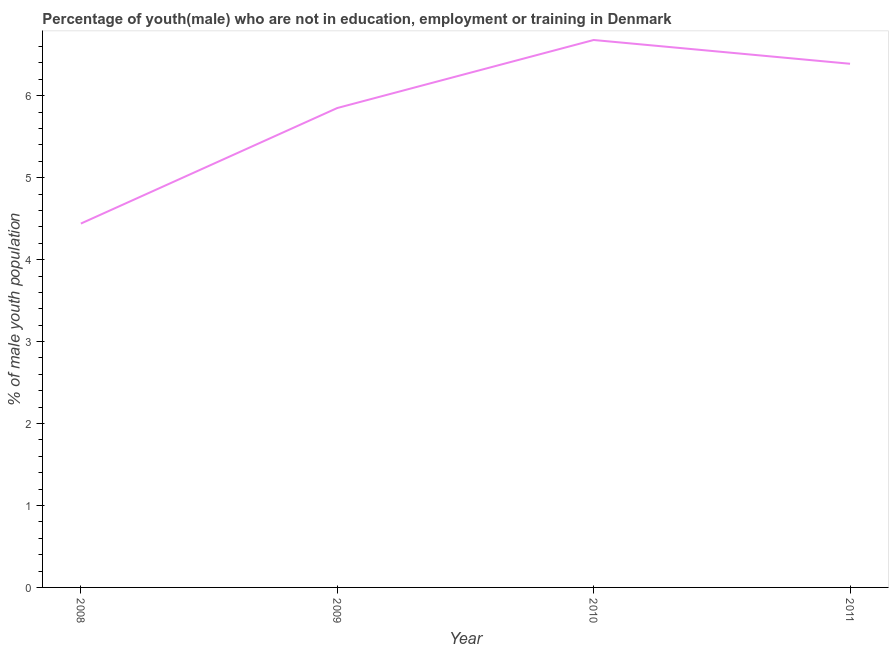
| Year | Unemployed(male) |
 | --- | --- |
 | 2008 | 4.44 |
 | 2009 | 5.85 |
 | 2010 | 6.68 |
 | 2011 | 6.39 |